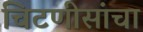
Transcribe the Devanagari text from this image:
चिटणीसांचा